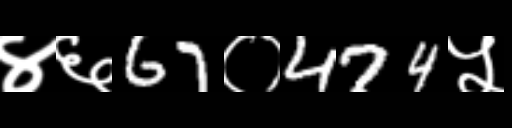
Text: ४६67०474५